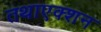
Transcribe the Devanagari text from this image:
तथाएक्शन